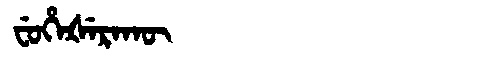
Manchu: ᠸᡠᡥᡝᡧᡝᡵᠠᡴᡡ
Romanization: FUHEŠERAKŪ